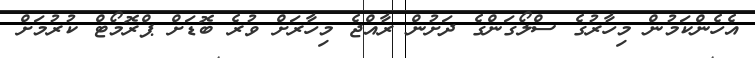
އެހެންކަމުން މިހާރުގެ ސްލޯގަންގެ ދަށުން ރާއްޖެ މިހާރަށް ވުރެ ބޮޑަށް ޕްރޮމޯޓް ކުރުމަށް